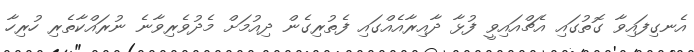
އެނގިފައިވާ ގޮތުގައި އެޗްއައިވީ ފުޅާ ދާއިރާއެއްގައި ފެތުރިގެން ދިއުމަށް މެދުވެރިވާނެ ނުރައްކާތެރި ހުރިހާ